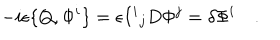
LaTeX: - i \epsilon \{ Q , \Phi ^ { i } \} = \epsilon { I ^ { i } } _ { j } D \Phi ^ { j } = \delta \Phi ^ { i } \quad .